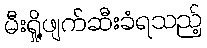
မီးရှို့ဖျက်ဆီးခံရသည့်